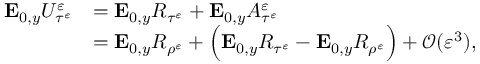
\begin{array} { r l } { \mathbf { E } _ { 0 , y } U _ { \tau ^ { \varepsilon } } ^ { \varepsilon } } & { = \mathbf { E } _ { 0 , y } R _ { \tau ^ { \varepsilon } } + \mathbf { E } _ { 0 , y } A _ { \tau ^ { \varepsilon } } ^ { \varepsilon } } \\ & { = \mathbf { E } _ { 0 , y } R _ { \rho ^ { \varepsilon } } + \Big ( \mathbf { E } _ { 0 , y } R _ { \tau ^ { \varepsilon } } - \mathbf { E } _ { 0 , y } R _ { \rho ^ { \varepsilon } } \Big ) + \mathcal O ( \varepsilon ^ { 3 } ) , } \end{array}